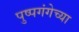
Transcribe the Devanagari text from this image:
पुष्पगंगेच्या